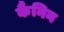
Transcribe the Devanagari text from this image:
कैनिन